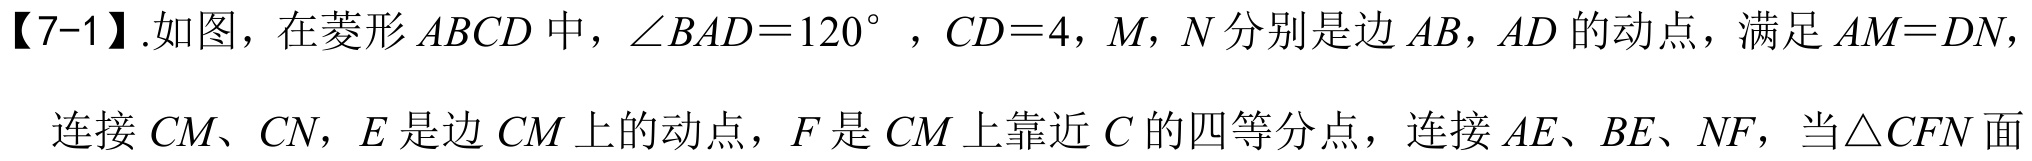
【7-1】.如图，在菱形\(ABCD\)中，\(\angle BAD = 120^{\circ}\) ，\(CD = 4\)，\(M\)，\(N\)分别是边\(AB\)，\(AD\)的动点，满足\(AM = DN\)，
连接\(CM\)、\(CN\)，\(E\)是边\(CM\)上的动点，\(F\)是\(CM\)上靠近\(C\)的四等分点，连接\(AE\)、\(BE\)、\(NF\)，当\(\triangle CFN\)面